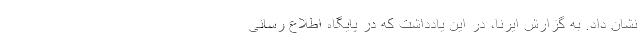
نشان داد. به گزارش ایرنا، در این یادداشت که در پایگاه اطلاع رسانی